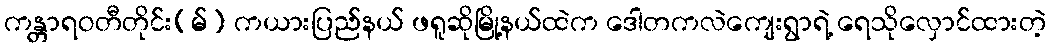
ကန္တာရဝတီတိုင်း(မ်) ကယားပြည်နယ် ဖရူဆိုမြို့နယ်ထဲက ဒေါတကလဲကျေးရွာရဲ့ ရေသိုလှောင်ထားတဲ့